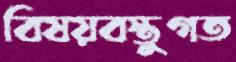
বিষয়বস্তুগত